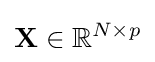
\mathbf {X} \in \mathbb {R} ^{N\times p}